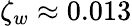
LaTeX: \zeta_{w}\approx 0.013